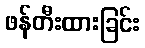
ဖန်တီးထားခြင်း